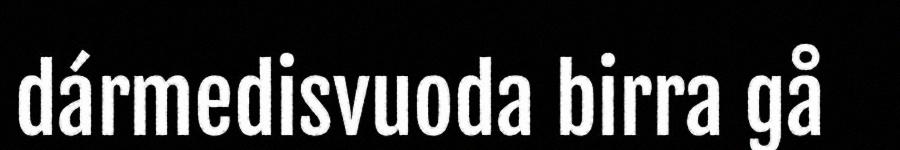
dármedisvuoda birra gå